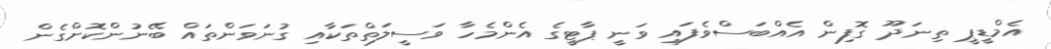
އެމްޑީޕީ ތިނަދޫ ގޮފިން އެއްބަސްވެފައި ވަނީ ޕާޓީގެ އެންމެހާ ވަސީލަތްތަކާއި ގުނަވަންތައް ބޭނުންކޮށްގެން